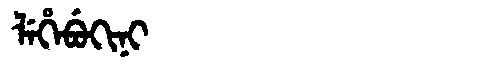
Manchu: ᠯᡝᡥᡝᠪᡠᡴᡳᠨᡳ
Romanization: LEHEBUKINI